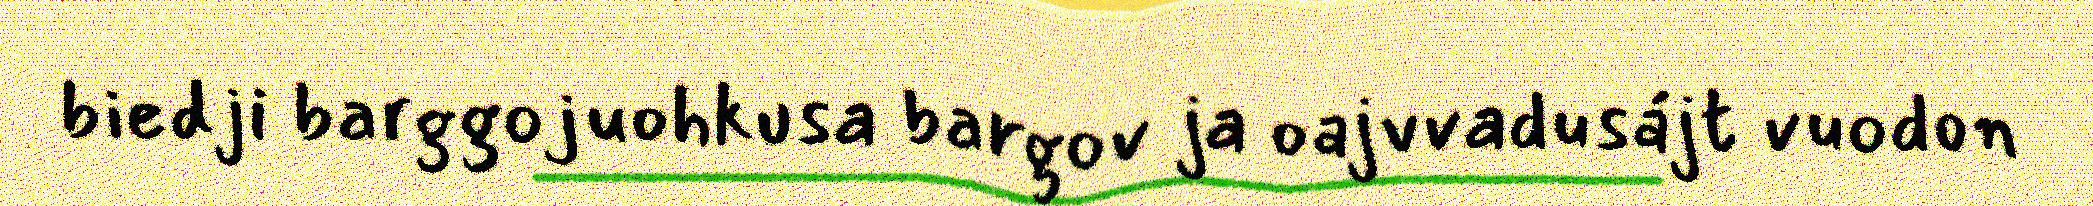
biedji barggojuohkusa bargov ja oajvvadusájt vuodon